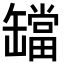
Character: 𬙔